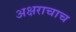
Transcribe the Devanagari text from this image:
अक्षराचाच